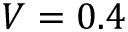
V = 0 . 4